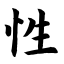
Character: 性